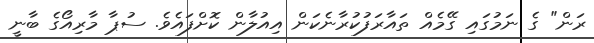
ރަން" ގެ ނަމުގައި ގޭމެއް ތައާރަފުކުރާނެކަން އިއުލާން ކޮށްފައެވެ. ސުޕާ މާރިއޯގެ ބާނީ